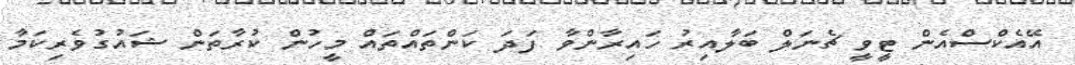
އޭއެކްސްއެން ޓީވީ ޗެނަލް ބަލާއިރު ހައިރާންވާ ފަދަ ކަންތައްތައް މީހުން ކުރާތަން ޝައުގުވެރިކަމާ